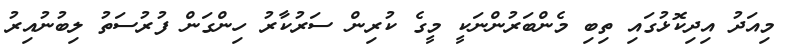
މިއަދު އިދިކޮޅުގައި ތިބި މެންބަރުންނަކީ މީގެ ކުރިން ސަރުކާރު ހިންގަން ފުރުސަތު ލިބުނުއިރު